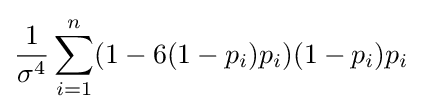
{\frac {1}{\sigma ^{4}}}\sum \limits _{i=1}^{n}(1-6(1-p_{i})p_{i})(1-p_{i})p_{i}